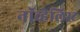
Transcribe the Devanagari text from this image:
नॉव्हेलिस्ट